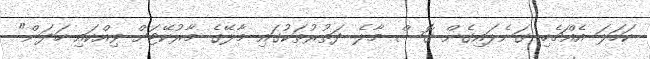
ކަހަލަ އެއްޗެހި ގަނެލައިގެން ގޮސް މާލެ ދަތުރުތަކުގައި މާލޭގެ މާރުކޭޓަށް ވިއްކައި ހަދަން"